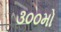
૩૦૦મો